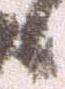
候